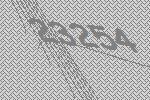
23254